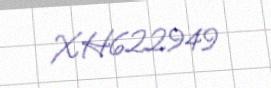
XH622949